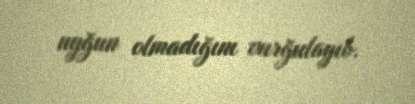
uyğun olmadığını vurğulayıb.